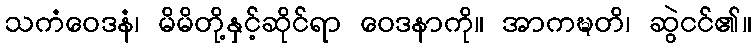
သကံဝေဒနံ၊ မိမိတို့နှင့်ဆိုင်ရာ ဝေဒနာကို။ အာကဍ္ဎတိ၊ ဆွဲငင်၏။